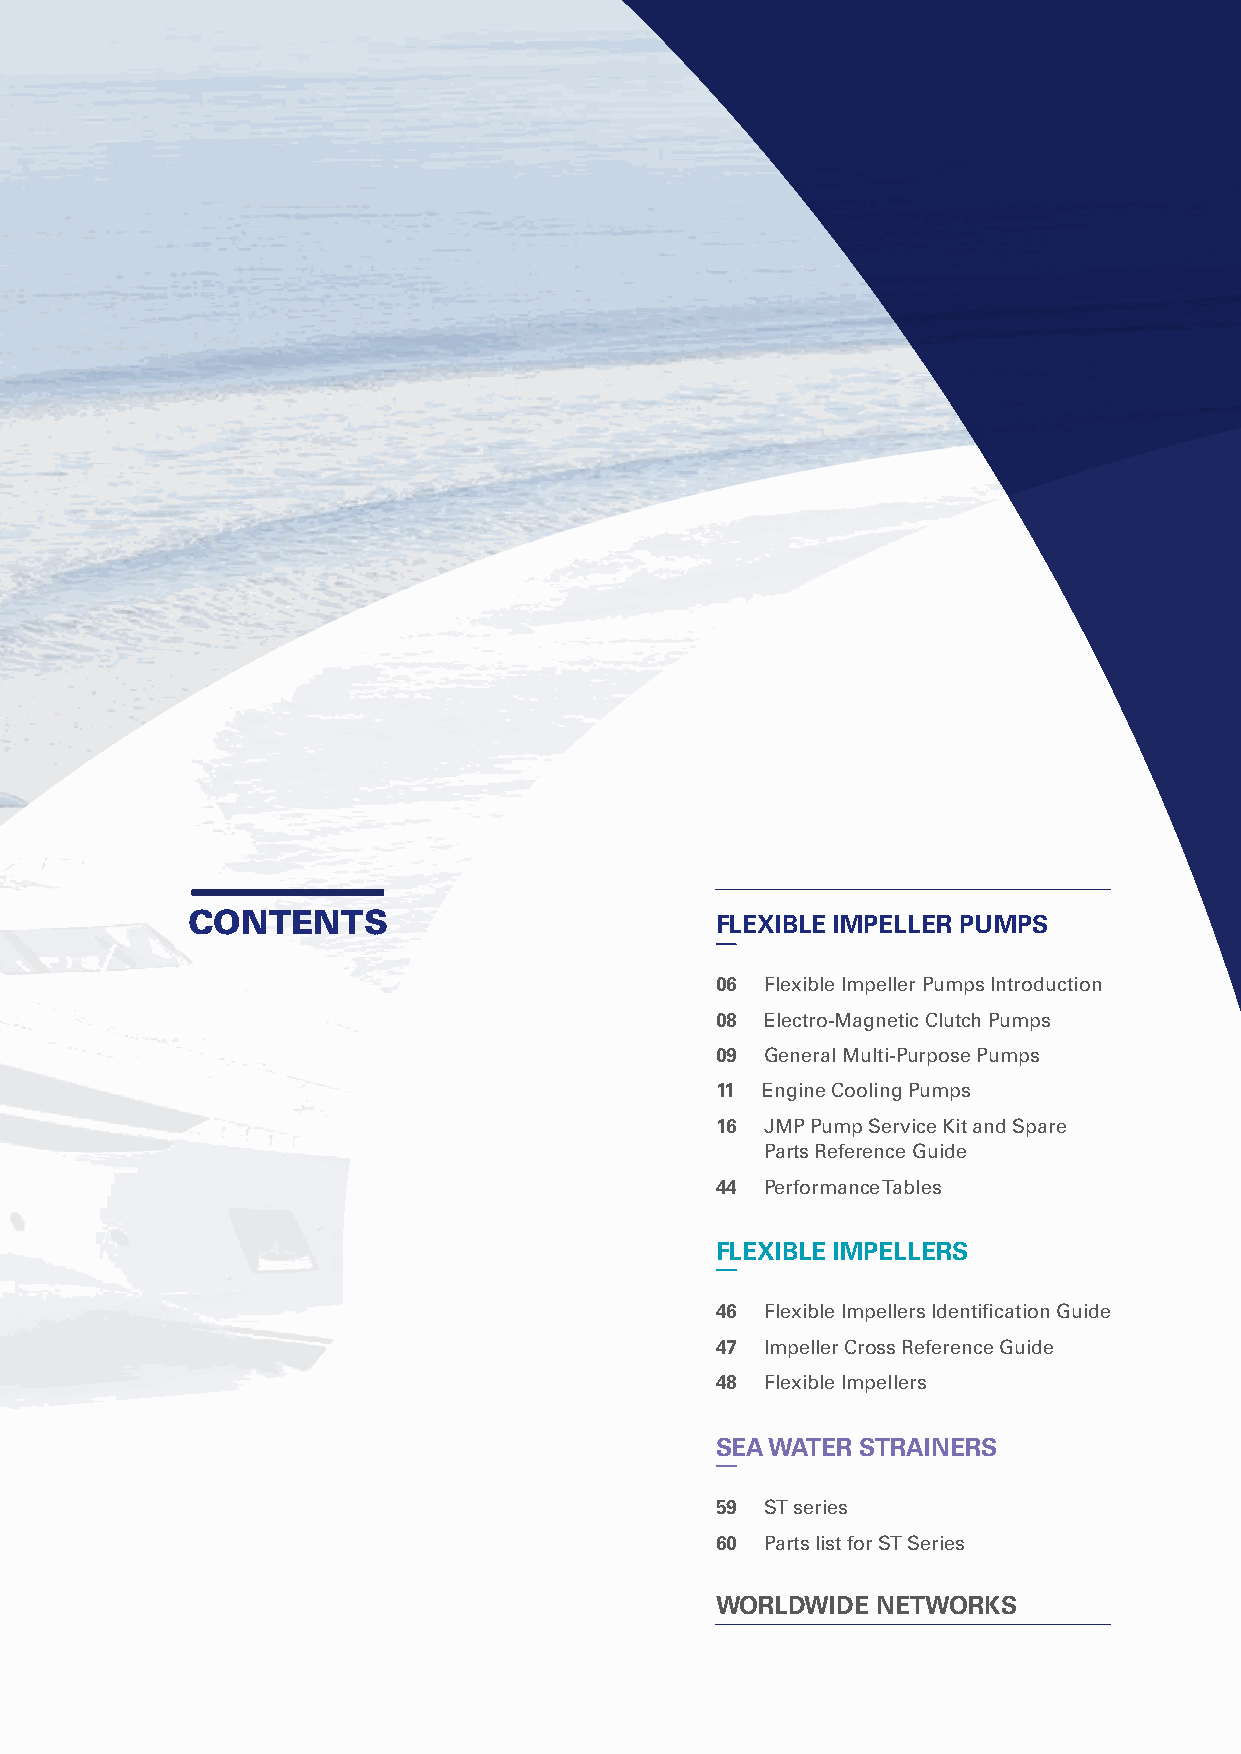
THE ENGINE COOLING
 SPECIALISTS
 CONTENTS                           FLEXIBLE IMPELLER PUMPS
 06  Flexible Impeller Pumps Introduction
 08  Electro-Magnetic Clutch Pumps
 09  General Multi-Purpose Pumps
 11  Engine Cooling Pumps
 16  JMP Pump Service Kit and Spare
 Parts Reference Guide
 44  Performance Tables
 FLEXIBLE IMPELLERS
 46  Flexible Impellers Identification Guide
 47  Impeller Cross Reference Guide
 48  Flexible Impellers
 SEA WATER STRAINERS
 59  ST series
 60  Parts list for ST Series
 WORLDWIDE  NETWORKS